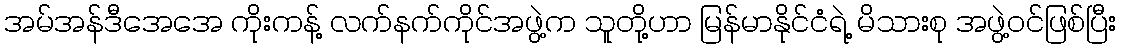
အမ်အန်ဒီအေအေ ကိုးကန့် လက်နက်ကိုင်အဖွဲ့က သူတို့ဟာ မြန်မာနိုင်ငံရဲ့ မိသားစု အဖွဲ့ဝင်ဖြစ်ပြီး